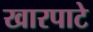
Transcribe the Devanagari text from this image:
खारपाटे